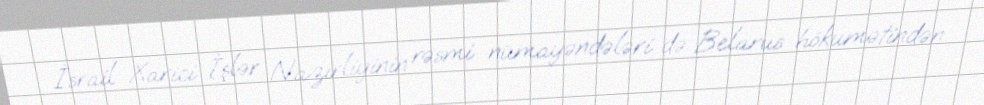
İsrail Xarici İşlər Nazirliyinin rəsmi nümayəndələri də Belarus hökumətindən